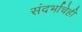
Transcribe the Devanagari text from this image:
संदर्भाचेही